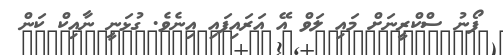
ފޯނު ސްކްރީނަށް މައި ލަވް އޭ އަރައިފައި އިނެވެ. ގުޅަނީ ނާއިކް ކަން